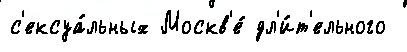
с'ексуа́льных Москв'е́ дл'и́т'ельного